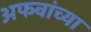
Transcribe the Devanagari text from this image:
अफवांच्या